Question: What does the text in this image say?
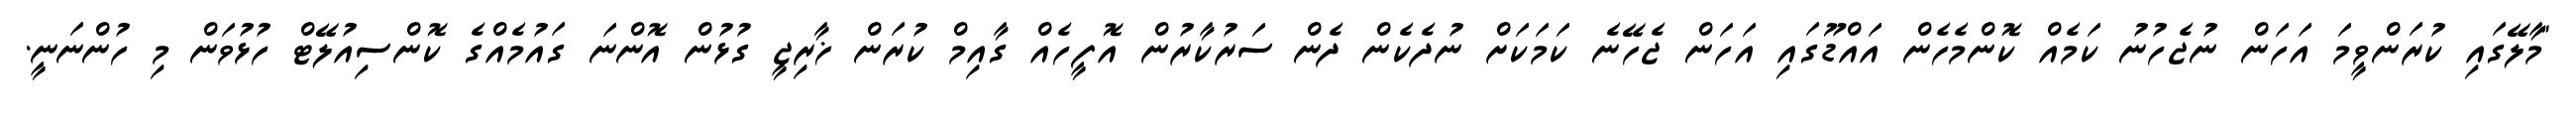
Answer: "މާލޭގައި ކުރަންވީމަ އަހަން ނުޖެހުނު ކަމެއް ކޮންމެހެން އައްޑޫގައި އަހަން ޖެހޭނެ ކަމަކަށް ނުދެކެން ދެން ސަރުކާރުން އޮފީހެއް ގާއިމް ކުރަން ޚާރިޖީ ގުޅުން އޮންނަ ގައުމެއްގެ ކޮންސިއުލޭޓް ހުޅުވަން މި ހުންނަނީ.